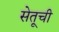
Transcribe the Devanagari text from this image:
सेतूची